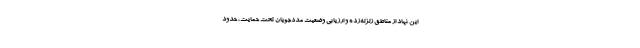
این نهاد از مناطق زلزله‌زده و ارزیابی وضعیت مددجویان تحت حمایت، حدود